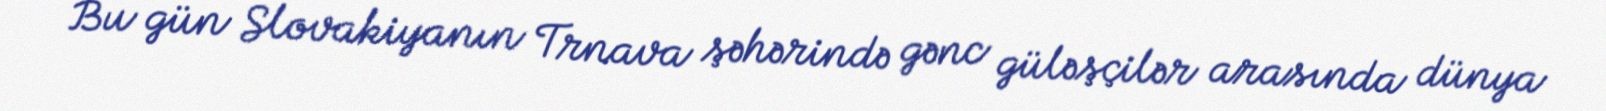
Bu gün Slovakiyanın Trnava şəhərində gənc güləşçilər arasında dünya